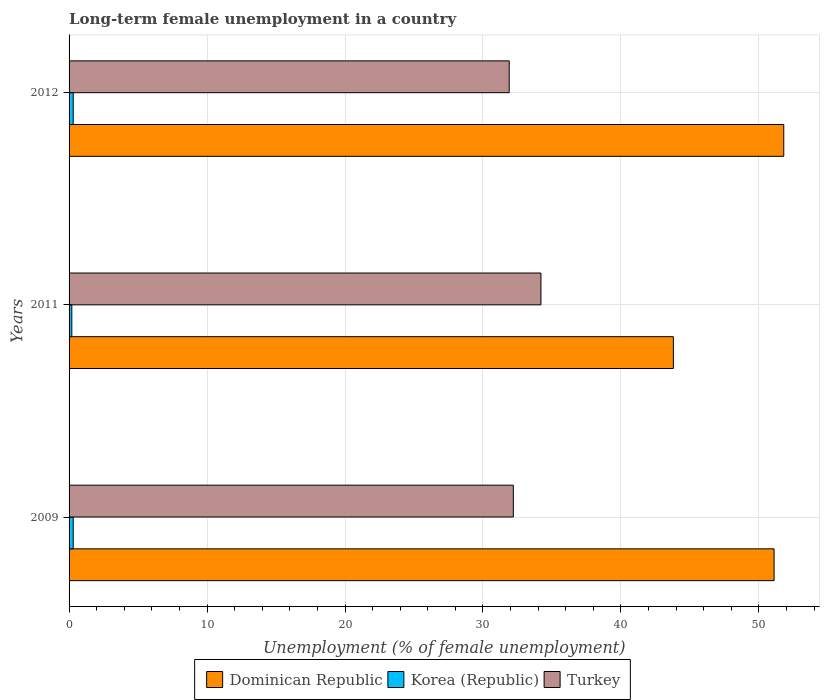
| Years | Dominican Republic | Korea (Republic) | Turkey |
 | --- | --- | --- | --- |
 | 2009 | 51.1 | 0.3 | 32.2 |
 | 2011 | 43.8 | 0.2 | 34.2 |
 | 2012 | 51.8 | 0.3 | 31.9 |